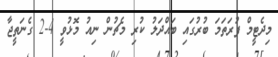
މިދެޓީީމް ފުރަތަމަ ބުރުގައި ބައްދަލު ކުރި މެޗުން ނިއު މޮޅުވީ 4-2 ގެނަތީޖާ